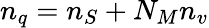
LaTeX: n_{q}=n_{S}+N_{M}n_{v}